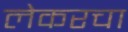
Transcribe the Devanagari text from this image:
लेकरचा